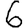
Digit: 6